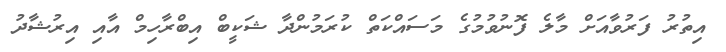
އިތުރު ފަރުވާއަށް މާލެ ފޮނުވުމުގެ މަސައްކަތް ކުރަމުންދާ ޝަކީބް އިބްރާހިމް އާއި އިރުޝާދު